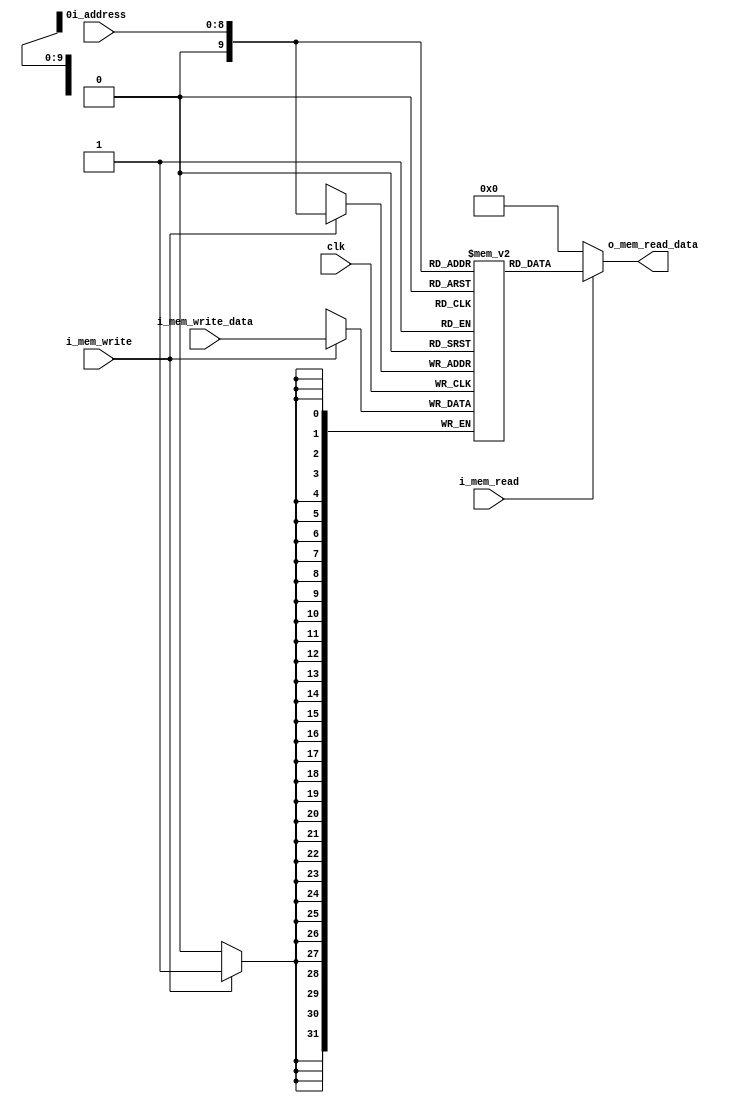
`timescale 1ns / 1ps
module DataMemory(clk,
                  i_address,
                  i_mem_write_data,
                  i_mem_write,
                  i_mem_read,
                  o_mem_read_data);
    
    input clk;
    input i_mem_read, i_mem_write;
    input [8:0] i_address;
    input [31:0] i_mem_write_data;
    output [31:0] o_mem_read_data;
    
    parameter RAM_SIZE = 1024;
    
    reg [31:0] RAM_data[RAM_SIZE - 1: 0];
    
    initial begin
        RAM_data[10'd0]  <= 32'd108;
        RAM_data[10'd1]  <= 32'd105;
        RAM_data[10'd2]  <= 32'd110;
        RAM_data[10'd3]  <= 32'd117;
        RAM_data[10'd4]  <= 32'd120;
        RAM_data[10'd5]  <= 32'd32;
        RAM_data[10'd6]  <= 32'd105;
        RAM_data[10'd7]  <= 32'd115;
        RAM_data[10'd8]  <= 32'd32;
        RAM_data[10'd9]  <= 32'd110;
        RAM_data[10'd10] <= 32'd111;
        RAM_data[10'd11] <= 32'd116;
        RAM_data[10'd12] <= 32'd32;
        RAM_data[10'd13] <= 32'd117;
        RAM_data[10'd14] <= 32'd110;
        RAM_data[10'd15] <= 32'd105;
        RAM_data[10'd16] <= 32'd120;
        RAM_data[10'd17] <= 32'd32;
        RAM_data[10'd18] <= 32'd105;
        RAM_data[10'd19] <= 32'd115;
        RAM_data[10'd20] <= 32'd32;
        RAM_data[10'd21] <= 32'd110;
        RAM_data[10'd22] <= 32'd111;
        RAM_data[10'd23] <= 32'd116;
        RAM_data[10'd24] <= 32'd32;
        RAM_data[10'd25] <= 32'd117;
        RAM_data[10'd26] <= 32'd110;
        RAM_data[10'd27] <= 32'd105;
        RAM_data[10'd28] <= 32'd120;
        RAM_data[10'd29] <= 32'd32;
        RAM_data[10'd30] <= 32'd105;
        RAM_data[10'd31] <= 32'd115;
        RAM_data[10'd32] <= 32'd32;
        RAM_data[10'd33] <= 32'd110;
        RAM_data[10'd34] <= 32'd111;
        RAM_data[10'd35] <= 32'd116;
        RAM_data[10'd36] <= 32'd32;
        RAM_data[10'd37] <= 32'd117;
        RAM_data[10'd38] <= 32'd110;
        RAM_data[10'd39] <= 32'd105;
        RAM_data[10'd40] <= 32'd120;
        RAM_data[10'd41] <= 32'd10;
        RAM_data[10'd42] <= 32'd117;
        RAM_data[10'd43] <= 32'd110;
        RAM_data[10'd44] <= 32'd105;
        RAM_data[10'd45] <= 32'd120;
        RAM_data[10'd46] <= 32'd10;
    end

    assign o_mem_read_data = i_mem_read? RAM_data[i_address]: 32'h00000000;
    
    integer i;
    always @(posedge clk)
        if (i_mem_write) begin
            RAM_data[i_address] <= i_mem_write_data;
        end
    
endmodule